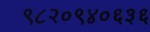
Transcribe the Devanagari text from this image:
९८२०९४०६३६